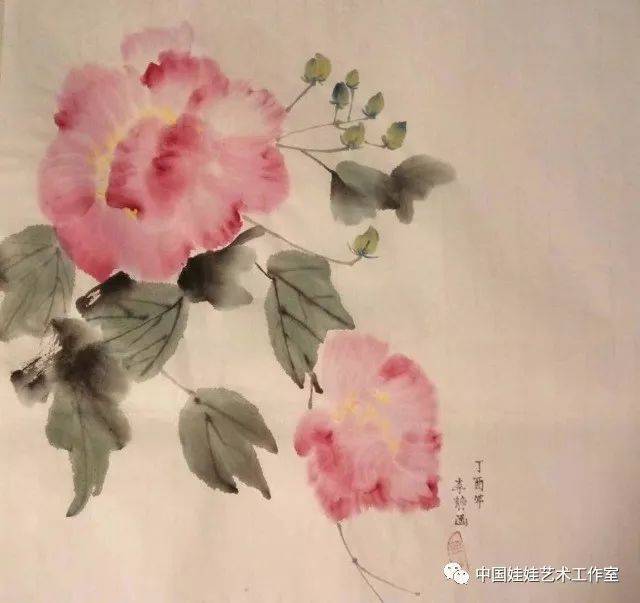
青春花姊不同时。凄凉生较迟。